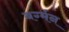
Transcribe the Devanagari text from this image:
बर्ग्मन